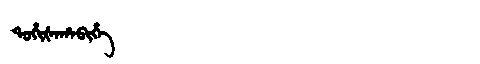
Manchu: ᡨᠣᡥᡳᡧᠠᡥᠠᠪᡳᡥᡝ
Romanization: TOHIŠAHABIHE